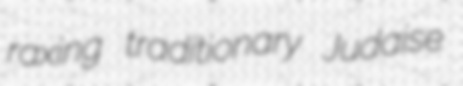
raxing traditionary Judaise